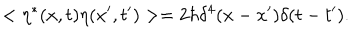
< \eta ^ { * } ( x , t ) \eta ( x ^ { \prime } , t ^ { \prime } ) > = 2 \hbar \delta ^ { 4 } ( x - x ^ { \prime } ) \delta ( t - t ^ { \prime } ) .